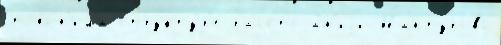
топо́н'има структу́р'е расстоjа́н'иjи Мантурово